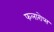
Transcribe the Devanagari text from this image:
फलारोप्स